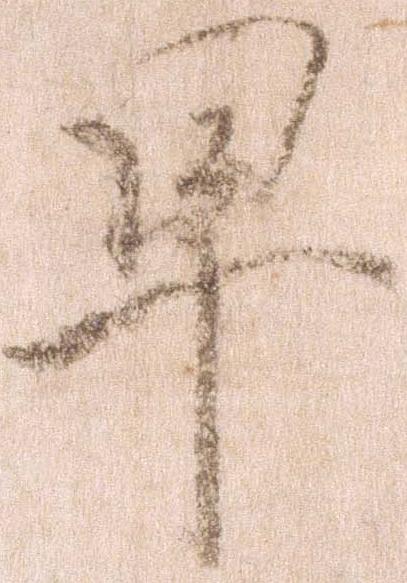
早